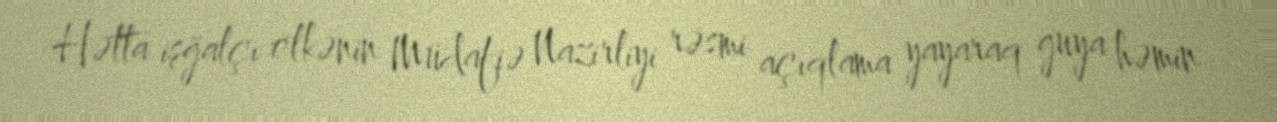
Hətta işğalçı ölkənin Müdafiə Nazirliyi rəsmi açıqlama yayaraq guya həmin